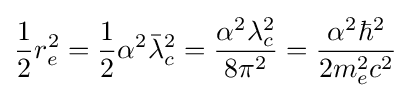
{\frac {1}{2}}r_{e}^{2}={\frac {1}{2}}\alpha ^{2}{\bar {\lambda }}_{c}^{2}={\frac {\alpha ^{2}\lambda _{c}^{2}}{8\pi ^{2}}}={\frac {\alpha ^{2}\hbar ^{2}}{2m_{e}^{2}c^{2}}}